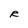
Character: R